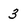
Character: 3